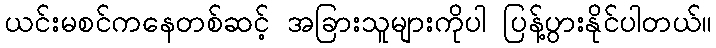
ယင်းမစင်ကနေတစ်ဆင့် အခြားသူများကိုပါ ပြန့်ပွားနိုင်ပါတယ်။